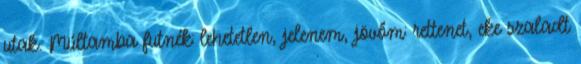
utak. Múltamba futnék: lehetetlen, jelenem, jövőm: rettenet, eke szaladt